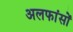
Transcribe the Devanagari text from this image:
अलफांसों